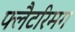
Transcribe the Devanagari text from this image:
फ्लैटरिमग